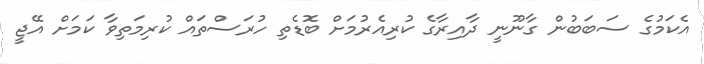
އެކަމުގެ ސަބަބުން ގާނޫނީ ދާއިރާގެ ކުރިއެރުމަށް ބޮޑެތި ހުރަސްތައް ކުރިމަތިވާ ކަމަށް އޭޖީ